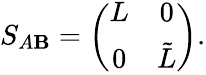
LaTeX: S_{A\mathbf{B}}=\left(\begin{array}{cc}{{L}}&{{0}}\\ {{0}}&{{\tilde{L}}}\end{array}\right).